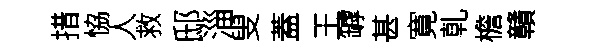
措恊人救邸淄叟蓋王罅甚寛乹檐贛